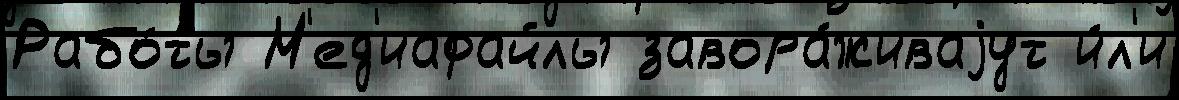
Рабо́ты М'ед'иафайлы завора́живаjут и́л'и